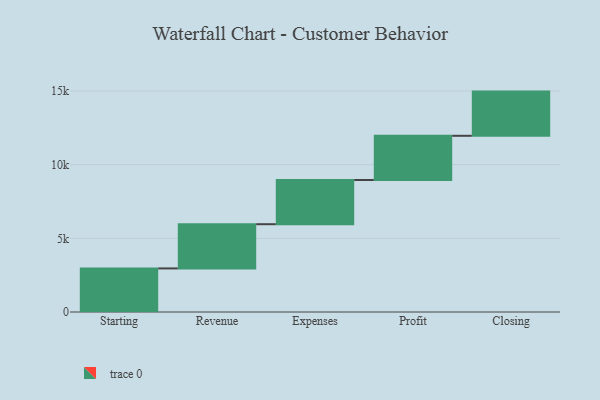
{"axis": {"x": "Step", "y": "Value"}, "legend": [""], "data": [{"x": "Starting", "y": 2958.0, "type": ""}, {"x": "Revenue", "y": 3000, "type": ""}, {"x": "Expenses", "y": 3000, "type": ""}, {"x": "Profit", "y": 3000, "type": ""}, {"x": "Closing", "y": 3000, "type": ""}]}